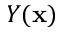
Y ( \textbf x )